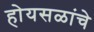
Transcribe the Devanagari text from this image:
होयसळांचे